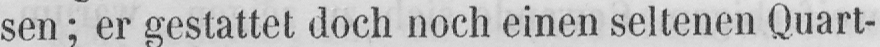
sen; er gestattet doch noch einen seltenen Quart-